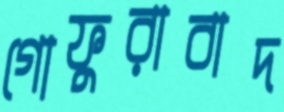
গোফুরাবাদ